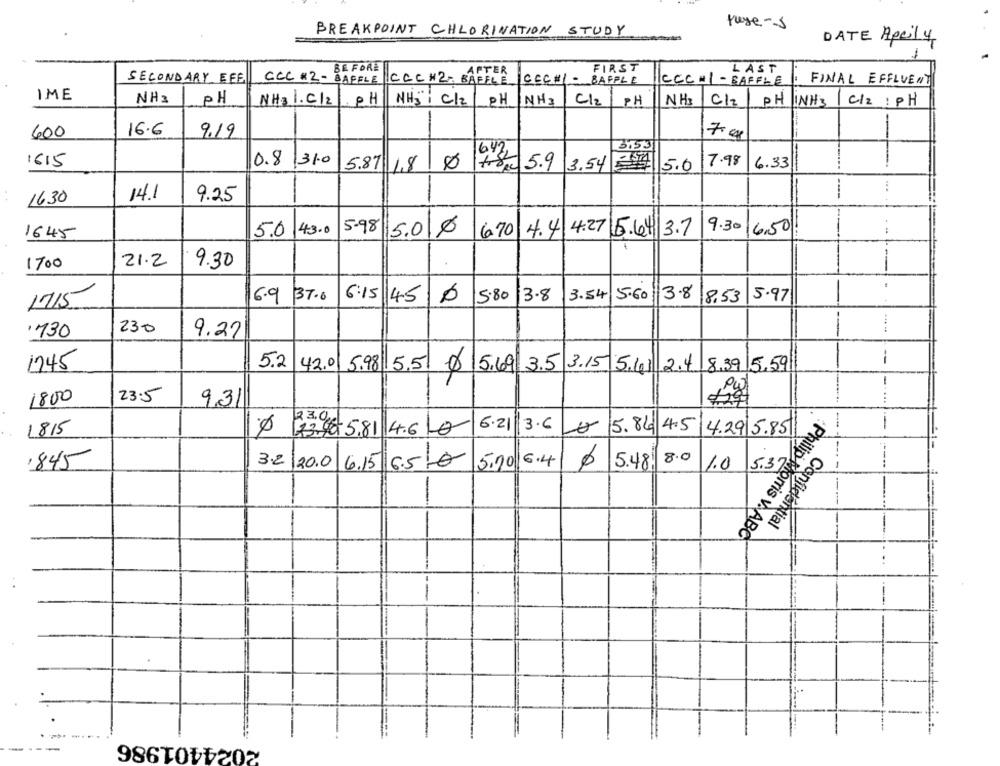
page-s
BREAKPOINT CHLORINATION STUDY
DATE April 4
-
BEFORE
AFTER
FIRST
LAST
SECONDARY EFE
CCC #2- BAFFLE
CCC H2 BAFFLE
ICECHI-BAPPLE
CCC=1 - BAFFLE
FINAL EFFLUENT
IME
NH3
PH
PH
NHA I. C/2
NHS": C/2 |PH
NH2
C/2| PH
NH3
C/2| PH INH3
C/2 : PH
16.6
600
9.19
7 cg
--
642
17.98
1615
0.8 310
5.87 1,8 0
trope 5.9
3.54
5.0
6.33
.. .
14.1
9.25
1630
43.0
5-98
5.01€
4.4 4.27 6.64 3.7
9.30
6,50
1645
5.0
6.70
--
1700
21.2
9.30
1715
6.9 37.6
6:15 45
5.80
3.8
3.54
5.60
3.8
8,53
5.97
230
'730
9.27
--
1245
5.2
42.0
8.39 5,59
5.98 5.5 5.69 3.5 3.15 5.61 2.4
-
23.5
1800
9.31
...
23.5 5.81 4.610 6.21
3.6
5.86
145
--
1815
4.29 5.85
8.0
5.3
845
3.2/20.0
6.15 6.50
5.20
6.4
5.48
1.0
-
-----
Confidential
Philip Morris v. ABC
-
---.
2024401986